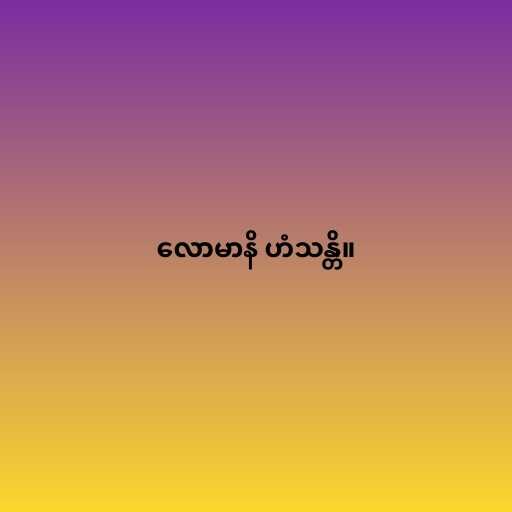
လောမာနိ ဟံသန္တိ။